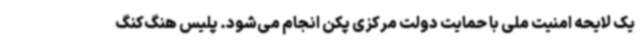
یک لایحه امنیت ملی با حمایت دولت مرکزی پکن انجام می‌شود. پلیس هنگ‌کنگ